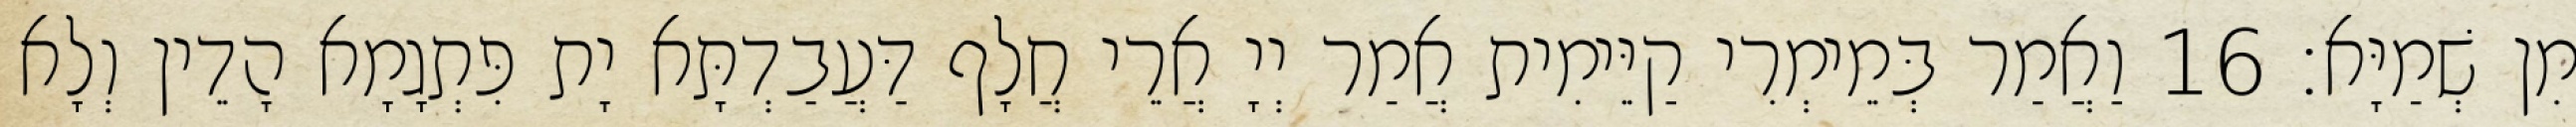
מִן שְׁמַיָּא׃ 16 וַאֲמַר בְּמֵימְרִי קַיֵּימִית אֲמַר יְיָ אֲרֵי חֲלָף דַּעֲבַדְתָּא יָת פִּתְגָמָא הָדֵין וְלָא